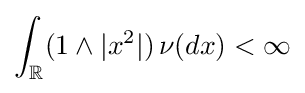
\int _{\mathbb {R} }(1\wedge |x^{2}|)\,\nu (dx)<\infty